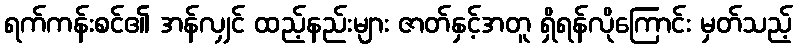
ရက်ကန်းစင်၏ အန်လျှင် ထည့်နည်းများ ဇာတ်နှင့်အတူ ရှိရန်လိုကြောင်း မှတ်သည့်